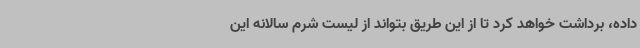
داده، برداشت خواهد کرد تا از این طریق بتواند از لیست شرم سالانه این